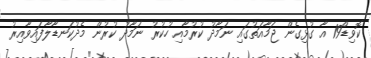
ކޮވިޑް19 އާ ގުޅިގެން ޖަމާއަތުގައި ނަމާދު ކުރުމާއި ހުކުރު ނަމާދު ކުރުން މެދުކަނޑާލާފައިވާއިރު